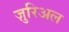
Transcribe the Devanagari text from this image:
ज़ुरिअल